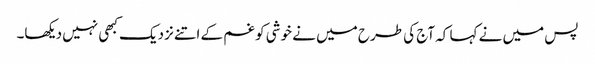
پس میں نے کہا کہ آج کی طرح میں نے خوشی کو غم کے اتنے نزدیک کبھی نہیں دیکھا۔